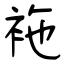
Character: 袘